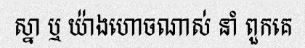
ស្នា ឬ យ៉ាងហោចណាស់ នាំ ពួកគេ